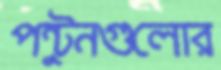
পন্টুনগুলোর